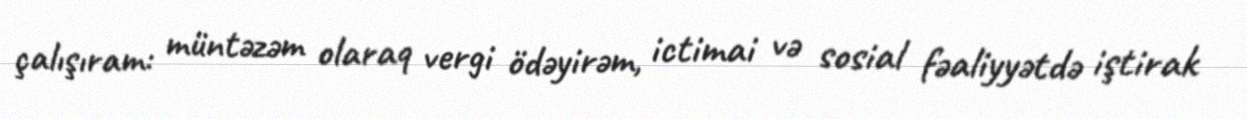
çalışıram: müntəzəm olaraq vergi ödəyirəm, ictimai və sosial fəaliyyətdə iştirak